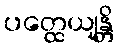
ပတ္ထေယျန္တိ